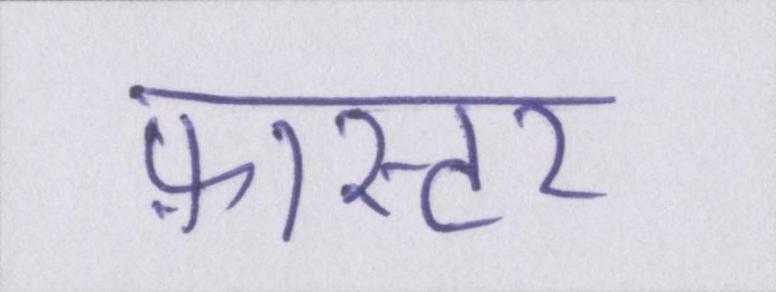
फ़ास्टर